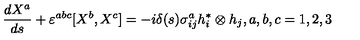
\frac { d X ^ { a } } { d s } + \varepsilon ^ { a b c } [ X ^ { b } , X ^ { c } ] = - i \delta ( s ) \sigma _ { i j } ^ { a } h _ { i } ^ { \ast } \otimes h _ { j } , a , b , c = 1 , 2 , 3